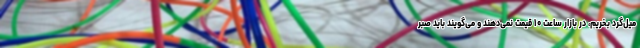
میل‌گرد بخریم، در بازار ساعت ۱۰ قیمت نمی‌دهند و می‌گویند باید صبر